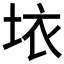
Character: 𱖨